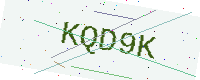
Text: KQD9K